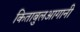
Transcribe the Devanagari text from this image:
किताबुलआगानी